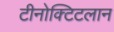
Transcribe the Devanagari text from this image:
टीनोक्टिटलान